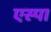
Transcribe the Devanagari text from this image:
एस्पा